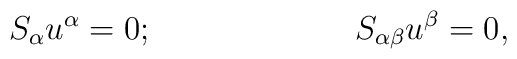
S_\alpha u^\alpha =0;\hspace{1.0in}S_{\alpha \beta }u^\beta =0,